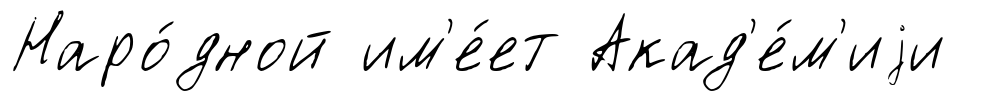
Наро́дной им'е́ет Акад'е́м'иjи